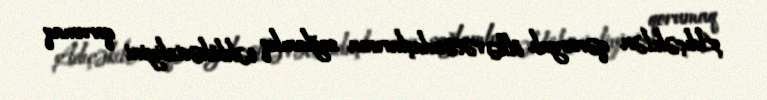
Adıçəkilən qərargah ölkə vətəndaşlarının sağlamlıq təhlükəsizliyini qorumaq